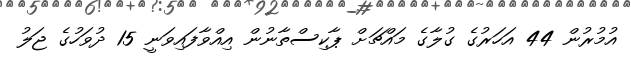
އުމުރުން 44 އަހަރުގެ ގުލާގެ މައްޗަށް ޕާކިސްތާނުން އިއްވާފައިވަނީ 15 ދުވަހުގެ ޖަލު